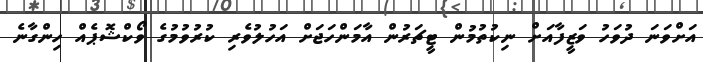
އަށްވަނަ ދުވަހު ވަޒީފާއަށް ނިކުތުމުން ޓީޗަރުން އާމަންހަޖަށް އަހުލުވެރި ކުރުވުމުގެ ވޯކްޝޮޕެއް ހިންގާނެ